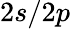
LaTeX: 2s/2p